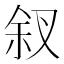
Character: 𪝃